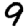
Digit: 9